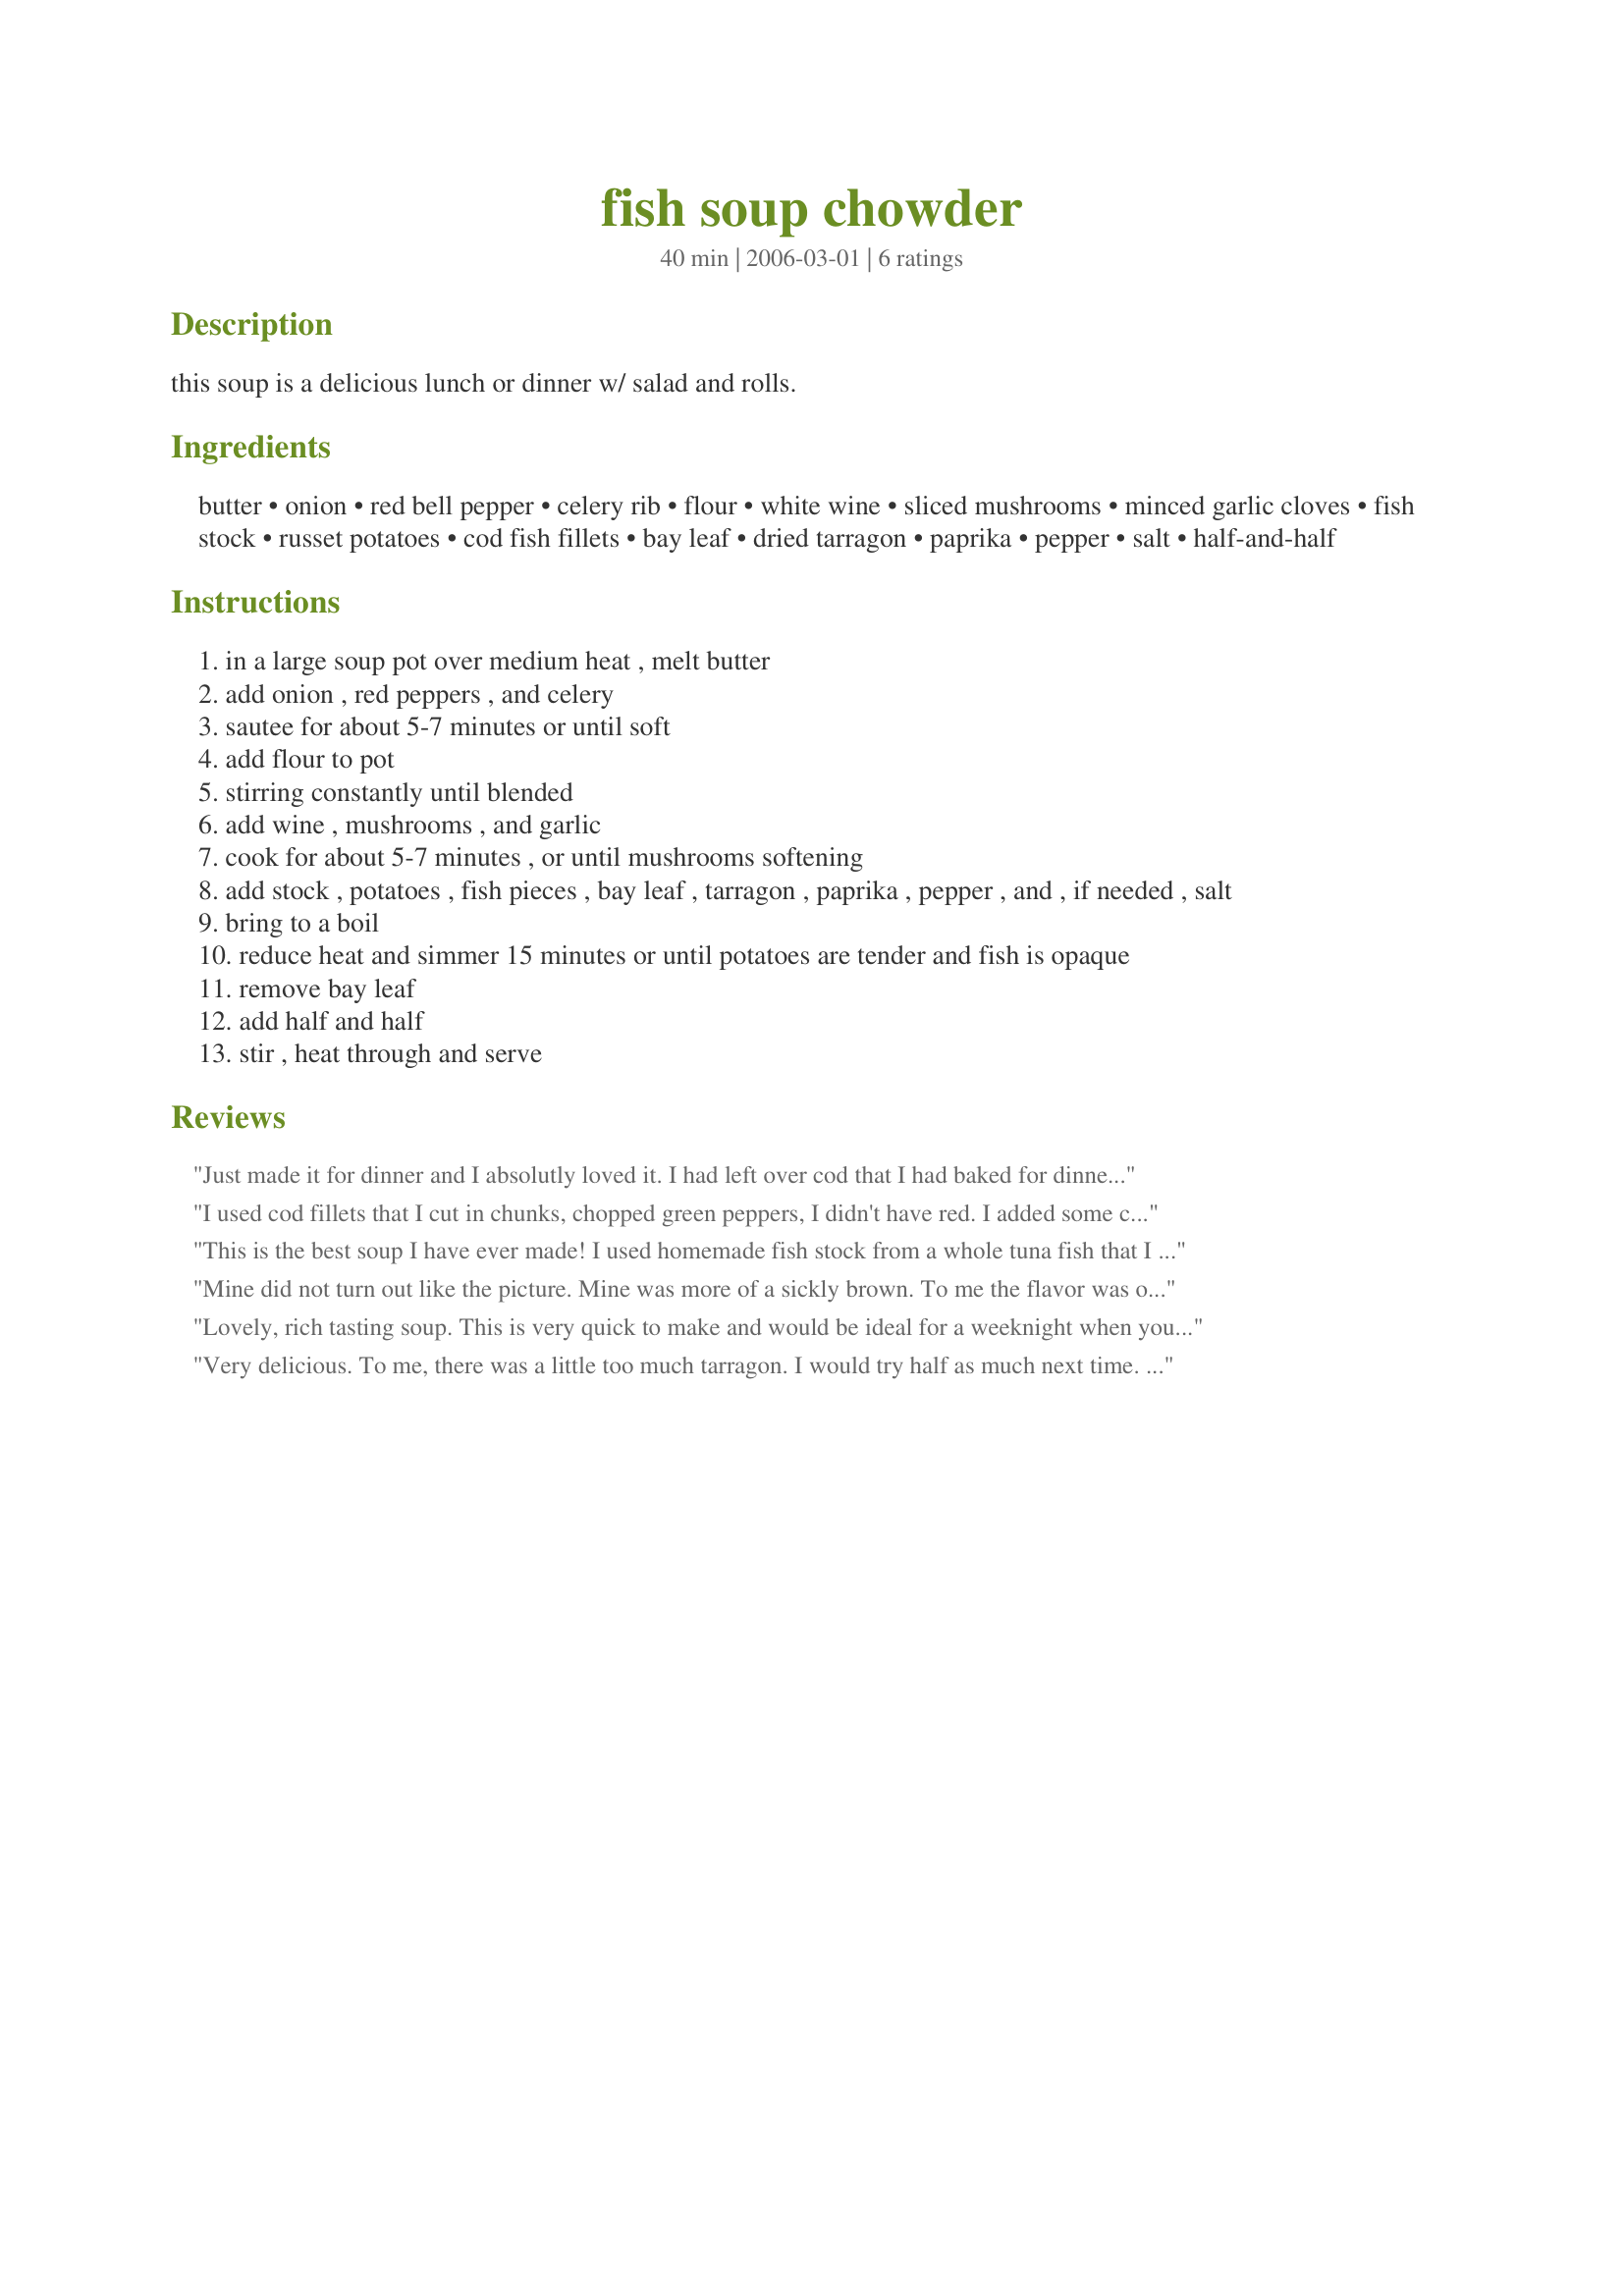
fish soup chowder
Preparation time: 40 minutes

this soup is a delicious lunch or dinner w/ salad and rolls.

Ingredients:
butter, onion, red bell pepper, celery rib, flour, white wine, sliced mushrooms, minced garlic cloves, fish stock, russet potatoes, cod fish fillets, bay leaf, dried tarragon, paprika, pepper, salt, half-and-half

Steps:
in a large soup pot over medium heat , melt butter
add onion , red peppers , and celery
sautee for about 5-7 minutes or until soft
add flour to pot
stirring constantly until blended
add wine , mushrooms , and garlic
cook for about 5-7 minutes , or until mushrooms softening
add stock , potatoes , fish pieces , bay leaf , tarragon , paprika , pepper , and , if needed , salt
bring to a boil
reduce heat and simmer 15 minutes or until potatoes are tender and fish is opaque
remove bay leaf
add half and half
stir , heat through and serve

Reviews:
Just made it for dinner and I absolutly loved it. I had left over cod that I had baked for dinner last night that I had used Panko bread crumbs and seasonings on. Needed a lot of salt that I didn't add but DH did for I am on Herbal Magic so used a lot of the Flavomagic to substitute which was fine with me. Used Olive oil instead of butter as well. Will be making this again when we have leftover cod or any other white fish!
I used cod fillets that I cut in chunks, chopped green peppers, I didn't have red. I added some cooked chopped broccoli that I had as a leftover.I followed the recipe with 1/8 tsp Old Bay Seasoning. The paprika added the color it needed. Delicous! I love using bay leaves! There is something special about the flavor
when added. Thanks for posting. Serves a special need in my house.
This is the best soup I have ever made! I used homemade fish stock from a whole tuna fish that I bought at the local fish market the other day, and frozen swai fillets. So rich and flavorful!
Mine did not turn out like the picture. Mine was more of a sickly brown. To me the flavor was okay, but not exceptional.
Lovely, rich tasting soup. This is very quick to make and would be ideal for a weeknight when you have come home late. I used the veggie stock and the cod was mild and tasty. This recipe did very well in cutting to a single serving and that gave me enough for two meals so the servings are quite generous. The seasonings are terrific and well balanced. If you enjoy fish soups you should give this a try.
Very delicious. To me, there was a little too much tarragon. I would try half as much next time. I used chicken stock.
